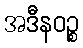
အဒီနဝဉ္စ